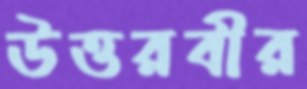
উত্তরবীর